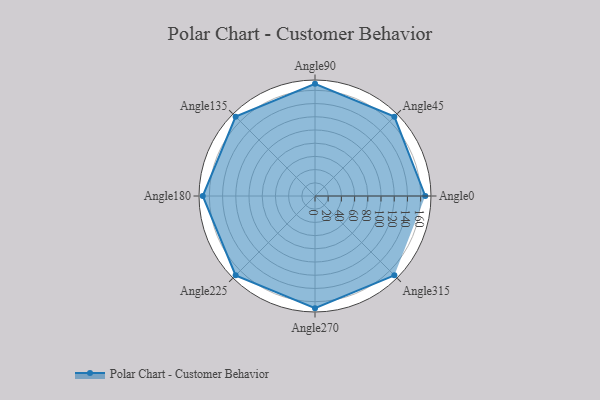
{"axis": {"x": "Angle", "y": "Radius"}, "legend": [""], "data": [{"x": "Angle0", "y": 167.0, "type": ""}, {"x": "Angle45", "y": 170.0, "type": ""}, {"x": "Angle90", "y": 170, "type": ""}, {"x": "Angle135", "y": 170, "type": ""}, {"x": "Angle180", "y": 170, "type": ""}, {"x": "Angle225", "y": 170, "type": ""}, {"x": "Angle270", "y": 170, "type": ""}, {"x": "Angle315", "y": 170, "type": ""}]}